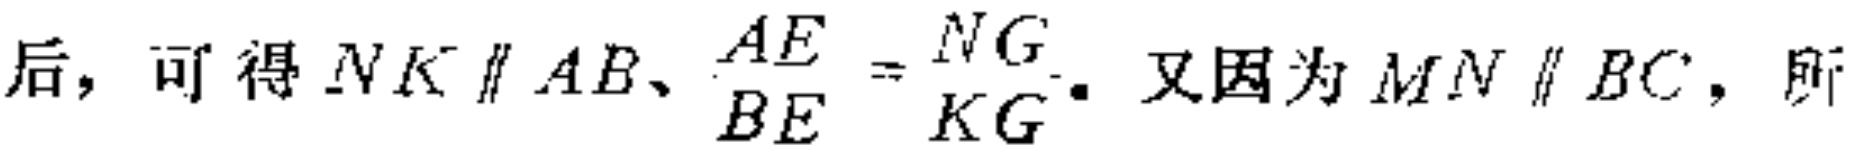
后，可得$NK \parallel AB、\frac{AE}{BE}=\frac{NG}{KG}.$ 又因为$MN \parallel BC$，所